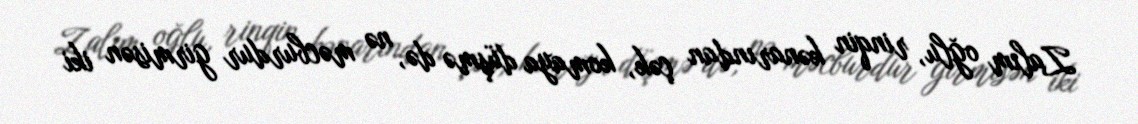
Zalım oğlu, rinqin kənarından çək, komaya düşmə də, nə məcburdur girmisən iki